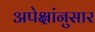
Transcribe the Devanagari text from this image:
अपेक्षांनुसार